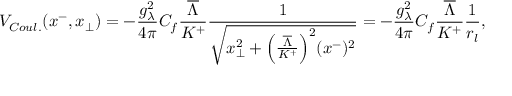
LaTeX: V _ { C o u l . } ( x ^ { - } , x _ { \bot } ) = - { \frac { g _ { \lambda } ^ { 2 } } { 4 \pi } } C _ { f } { \frac { \overline { { { \Lambda } } } } { K ^ { + } } } { \frac { 1 } { \sqrt { x _ { \bot } ^ { 2 } + \Big ( { \frac { \overline { { { \Lambda } } } } { K ^ { + } } } \Big ) ^ { 2 } ( x ^ { - } ) ^ { 2 } } } } = - { \frac { g _ { \lambda } ^ { 2 } } { 4 \pi } } C _ { f } { \frac { \overline { { { \Lambda } } } } { K ^ { + } } } { \frac { 1 } { r _ { l } } } ,